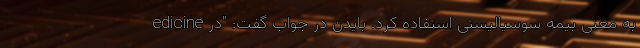
edicine به معنی بیمه سوسیالیستی استفاده کرد. بایدن در جواب گفت: "در